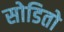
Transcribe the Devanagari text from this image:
सोडितो